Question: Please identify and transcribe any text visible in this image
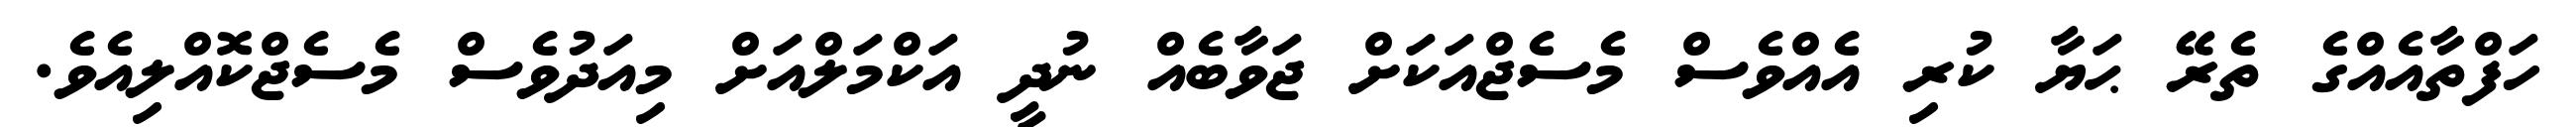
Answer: ހަފްތާއެއްގެ ތެރޭ ޙަޔާ ކުރި އެއްވެސް މެސެޖްއަކަށް ޖަވާބެއް ނުދީ އަކްމަލްއަށް މިއަދުވެސް މެސެޖްކޮއްލިއެވެ.